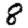
Digit: 8